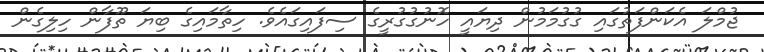
ޖުމްލަ އެކަންފަތުގައި ގުގުމަމުން ދިޔައީ ހޮނުގުގުރީގެ ސިފައިގައެވެ. ހިތާމައިގެ ބިޔަ ތޫފާން ހިލިގެން